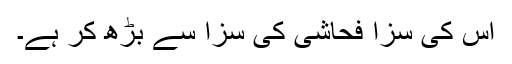
اس کی سزا فحاشی کی سزا سے بڑھ کر ہے۔